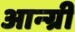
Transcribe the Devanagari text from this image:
आन्ग्री